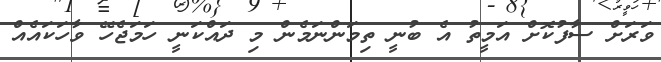
ވަރަށް ސާފުކޮށް އަމީތު އެ ބުނީ ތިމަންނަމެން މި ދައްކަނީ ހަމަޖެހޭ ވާހަކައެއް